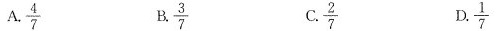
A. frac{4}{7} B. \frac{3}{7} C. \frac{2}{7} D. \frac{1}{7}